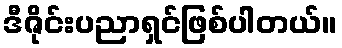
ဒီဇိုင်းပညာရှင်ဖြစ်ပါတယ်။